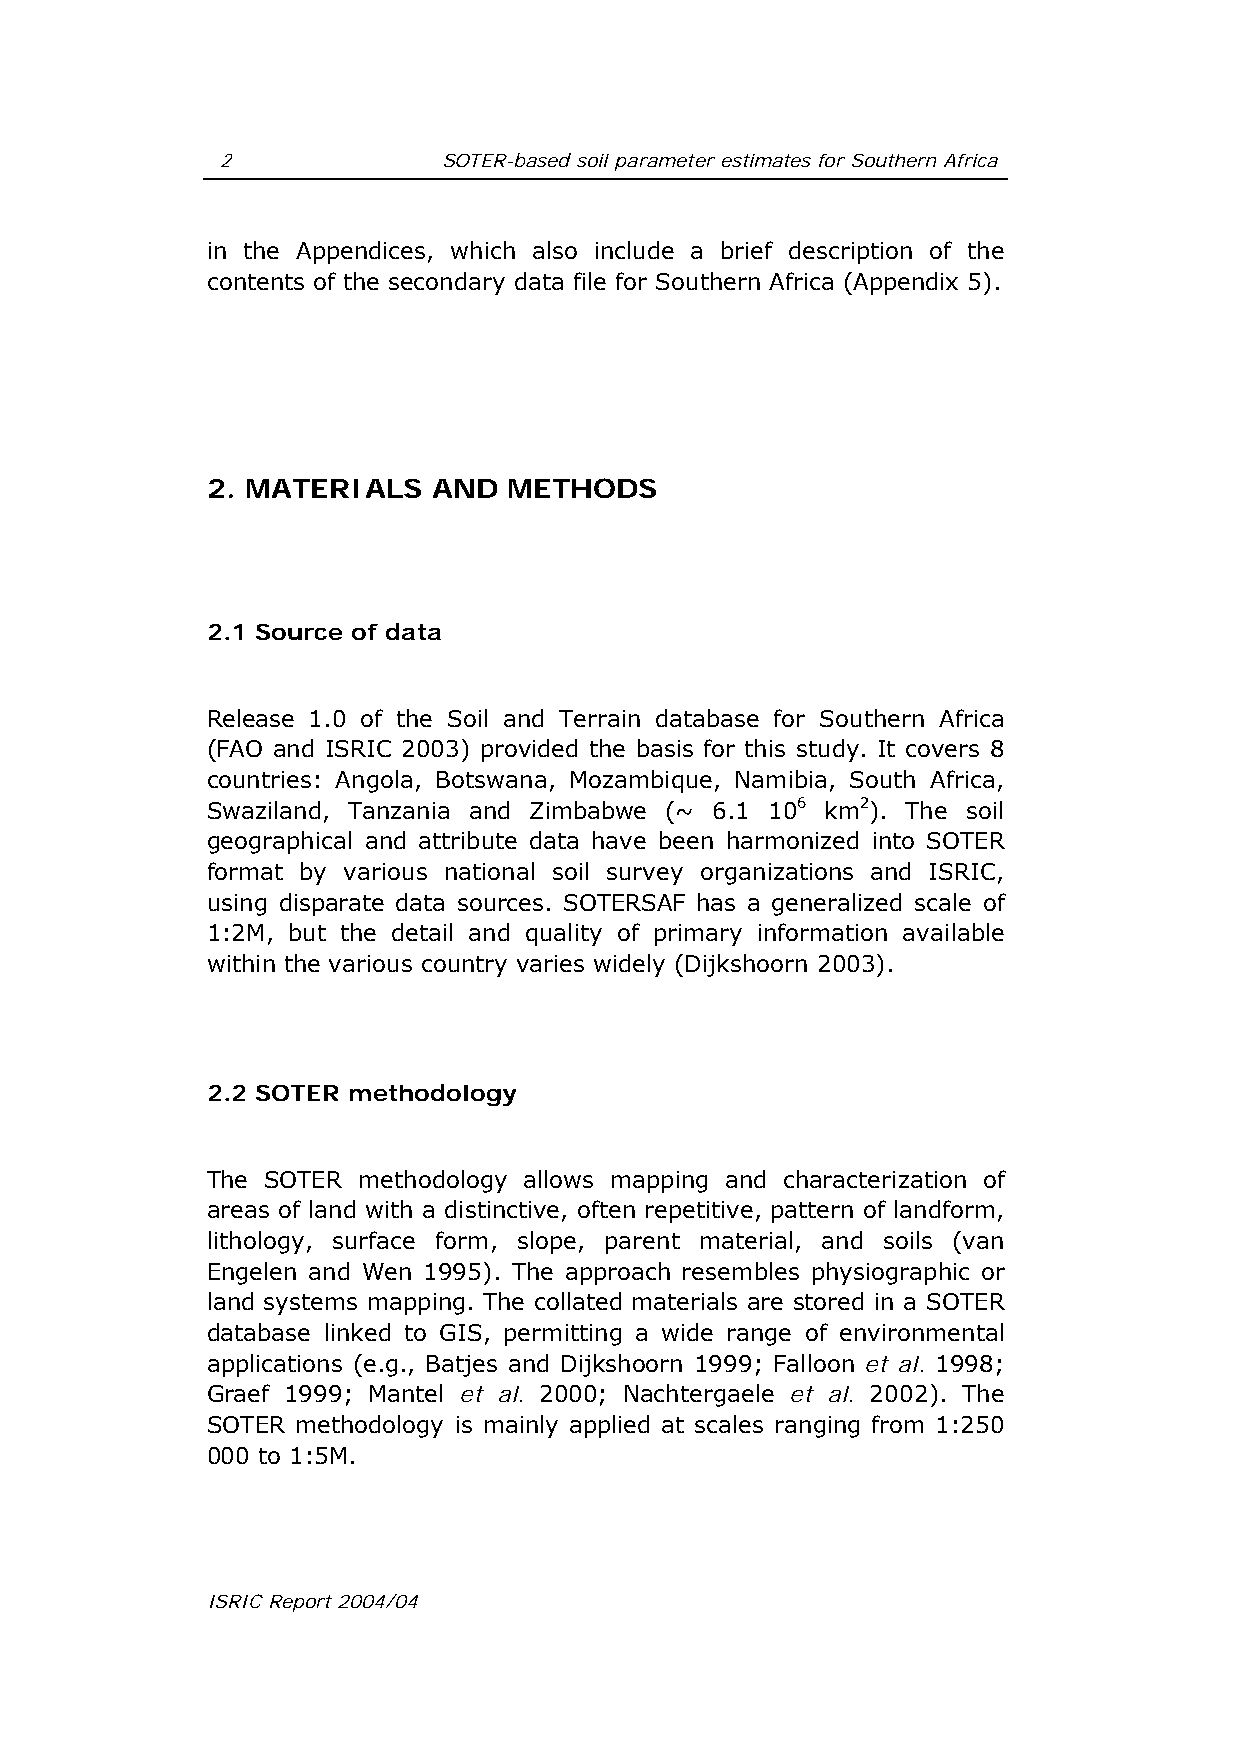
2             SOTER-based soil parameter estimates for Southern Africa
 in the Appendices, which also include a brief description of the
 contents of the secondary data file for Southern Africa (Appendix 5).
 2. MATERIALS   AND  METHODS
 2.1 Source of data
 Release 1.0 of the Soil and Terrain database for Southern Africa
 (FAO and ISRIC 2003) provided the basis for this study. It covers 8
 countries: Angola, Botswana, Mozambique, Namibia, South Africa,
 Swaziland, Tanzania and Zimbabwe (~ 6.1 106 km2). The soil
 geographical and attribute data have been harmonized into SOTER
 format by various national soil survey organizations and ISRIC,
 using disparate data sources. SOTERSAF has a generalized scale of
 1:2M, but the detail and quality of primary information available
 within the various country varies widely (Dijkshoorn 2003).
 2.2 SOTER methodology
 The SOTER methodology allows mapping and characterization of
 areas of land with a distinctive, often repetitive, pattern of landform,
 lithology, surface form, slope, parent material, and soils (van
 Engelen and Wen 1995). The approach resembles physiographic or
 land systems mapping. The collated materials are stored in a SOTER
 database linked to GIS, permitting a wide range of environmental
 applications (e.g., Batjes and Dijkshoorn 1999; Falloon et al. 1998;
 Graef 1999; Mantel et al. 2000; Nachtergaele et al. 2002). The
 SOTER methodology is mainly applied at scales ranging from 1:250
 000 to 1:5M.
 ISRIC Report 2004/04